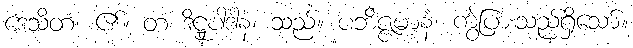
ဒေသိတံ၊ ၏။ တံ ဒိဋ္ဌုပါဒါနံ၊ သည်။ ပဘိဇ္ဇမာနံ၊ ကွဲပြားသည်ရှိသော်။